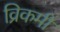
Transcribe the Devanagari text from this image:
व्रिकमी